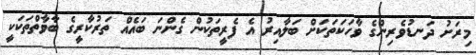
މިރަށު ދަނޑުވެރިންގެ ވާހަކަތަކަށް ބަލާއިރު އެ ފެރީތަކުން ގެންނަ ބައެއް ތަރުކާރީގެ ބާވާތްތަކަކީ